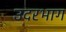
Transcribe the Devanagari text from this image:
उदरभाग